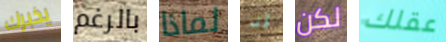
يخبرك بالرغم لماذا قد لكن عقلك